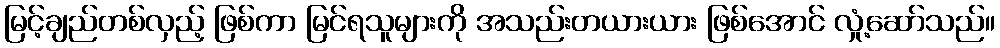
မြင့်ချည်တစ်လှည့် ဖြစ်ကာ မြင်ရသူများကို အသည်းတယားယား ဖြစ်အောင် လှုံ့ဆော်သည်။